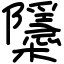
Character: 櫽